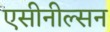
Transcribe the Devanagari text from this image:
एसीनील्सन